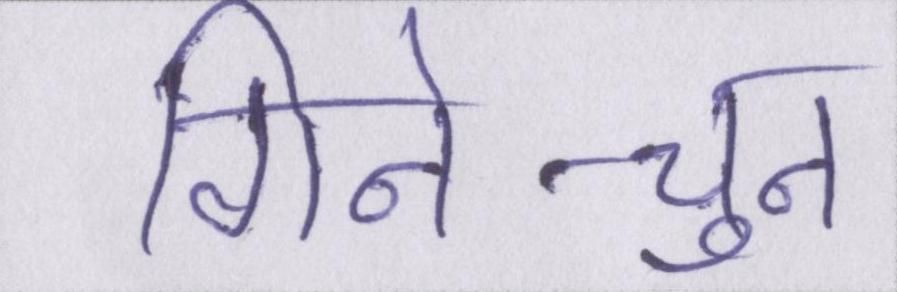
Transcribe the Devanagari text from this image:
गिने-चुने